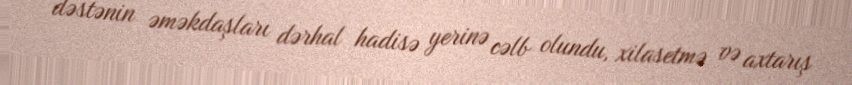
dəstənin əməkdaşları dərhal hadisə yerinə cəlb olundu, xilasetmə və axtarış